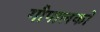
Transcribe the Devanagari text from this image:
गौपालकों